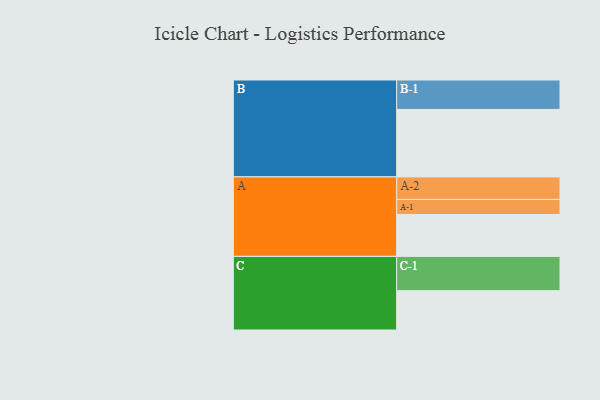
{"axis": {"x": "Segment", "y": "Value"}, "legend": ["", "A", "B", "C"], "data": [{"x": "A", "y": 342, "type": ""}, {"x": "B", "y": 551, "type": ""}, {"x": "C", "y": 321, "type": ""}, {"x": "A-1", "y": 123, "type": "A"}, {"x": "A-2", "y": 184, "type": "A"}, {"x": "B-1", "y": 240, "type": "B"}, {"x": "C-1", "y": 280, "type": "C"}]}